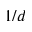
1 / d